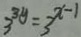
3 ^ { 3 y } = 3 ^ { x - 1 }